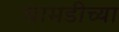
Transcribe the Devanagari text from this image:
चामडीच्या